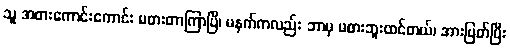
သူ အစားကောင်းကောင်း မစားတာကြာပြီ၊ မနက်ကလည်း ဘာမှ မစားဘူးထင်တယ်၊ အားပြတ်ပြီး